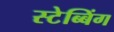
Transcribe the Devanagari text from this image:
स्टेब्बिंग